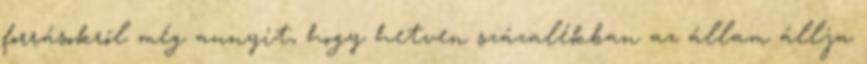
forrásokról még annyit, hogy hetven százalékban az állam állja